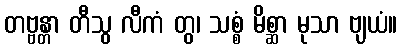
တဗ္ဗန္တာ တီသွ လီကံ တွ၊ သစ္စံ မိစ္ဆာ မုသာ ဗျယံ။